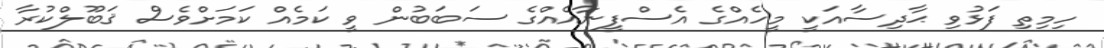
ހިމިތި ފަޅުވި ޙާދިސާއަކީ މީހެއްގެ އެސްފީނާއެއްގެ ސަބަބުން ވީ ކަމެއް ކަމަށްވެސް ޤަބޫލްކުރާ